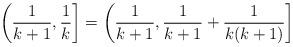
LaTeX: \begin{align*}\left( \frac{1}{k+1}, \frac{1}{k} \right] = \left( \frac{1}{k+1}, \frac{1}{k+1} + \frac{1}{k(k+1)} \right]\end{align*}